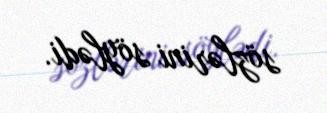
sözlərini söylədi.